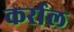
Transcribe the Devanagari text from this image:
कर्राल